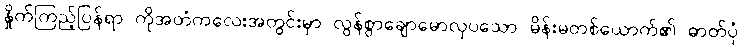
နှိုက်ကြည့်ပြန်ရာ ကိုအတံကလေးအတွင်းမှာ လွန်စွာချောမောလှပသော မိန်းမတစ်ယောက်၏ ဓာတ်ပုံ